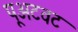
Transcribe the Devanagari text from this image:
पूअटवट